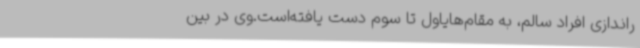
راندازی افراد سالم، به مقام‌هایاول تا سوم دست یافته‌است.وی در بین